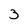
Character: 3